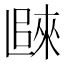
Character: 𲉖